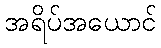
အရိပ်အယောင်